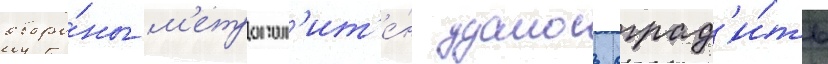
оборо́ны м'етропол'ит'е́н удалось оград'и́ть